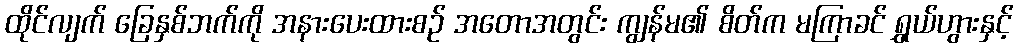
ထိုင်လျက် ခြေနှစ်ဘက်ကို အနားပေးထားစဉ် အတောအတွင်း ကျွန်မ၏ စိတ်က မကြာခင် ရွှယ်ဟွားနှင့်